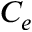
C _ { e }